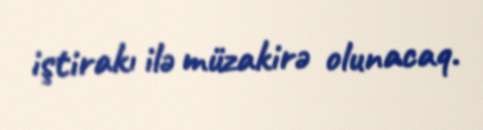
iştirakı ilə müzakirə olunacaq.